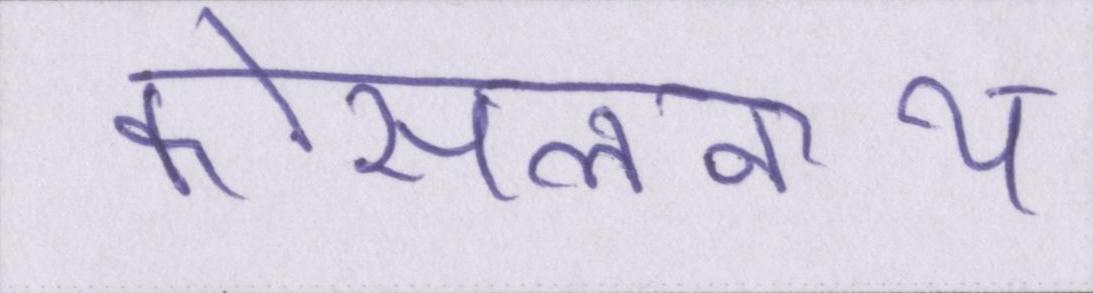
कोसलनाथ